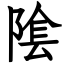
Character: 隂